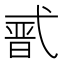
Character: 𭚣